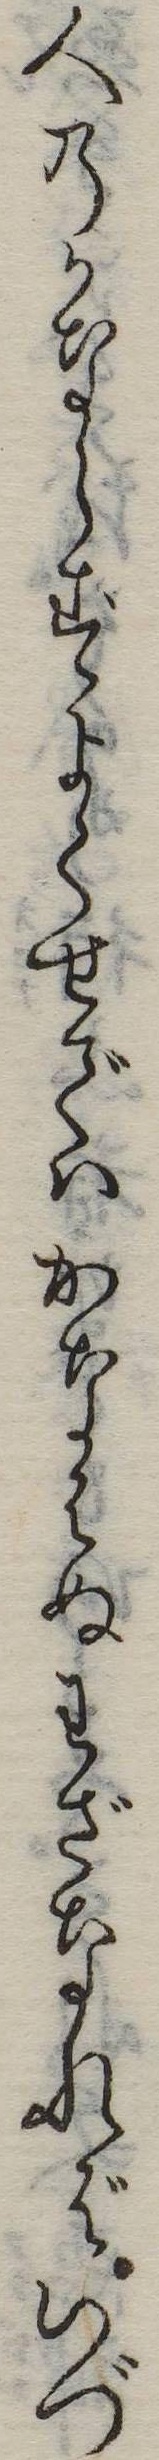
人のかならずよくせではかなはぬわざなればいづ